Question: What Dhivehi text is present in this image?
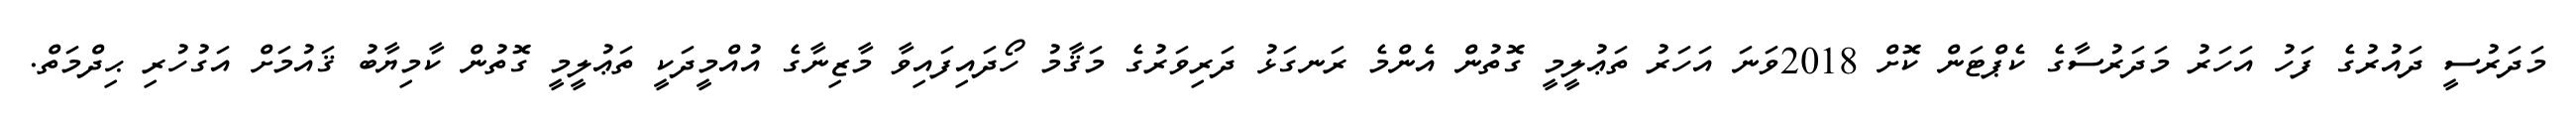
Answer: މަދަރުސީ ދައުރުގެ ފަހު އަހަރު މަދަރުސާގެ ކެޕްޓަން ކޮށް 2018ވަނަ އަހަރު ތަޢުލީމީ ގޮތުން އެންމެ ރަނގަޅު ދަރިވަރުގެ މަޤާމު ހޯދައިފައިވާ މާޒިނާގެ އުއްމީދަކީ ތަޢުލީމީ ގޮތުން ކާމިޔާބު ޤައުމަށް އަގުހުރި ޙިދްމަތް.